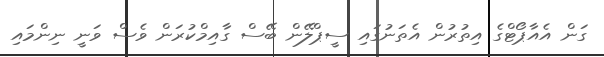
ގަން އެއާޕޯޓްގެ އިތުރުން އެތަނުގައި ސީޕްލޭން ބޭސް ގާއިމްކުރަން ވެސް ވަނީ ނިންމައި